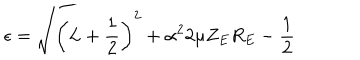
LaTeX: \epsilon = \sqrt { \left( L + \frac 1 2 \right) ^ { 2 } + \alpha ^ { 2 } 2 \mu Z _ { E } R _ { E } } - \frac 1 2